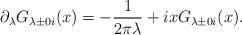
LaTeX: \begin{align*}\partial_{\lambda}G_{\lambda\pm 0i}(x)=-\frac{1}{2\pi\lambda}+ixG_{\lambda \pm 0i}(x).\end{align*}